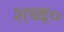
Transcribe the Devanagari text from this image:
शब्द०